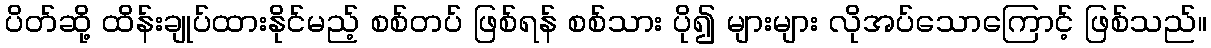
ပိတ်ဆို့ ထိန်းချုပ်ထားနိုင်မည့် စစ်တပ် ဖြစ်ရန် စစ်သား ပို၍ များများ လိုအပ်သောကြောင့် ဖြစ်သည်။